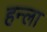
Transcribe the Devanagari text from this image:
हन्ला